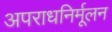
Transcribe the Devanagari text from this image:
अपराधनिर्मूलन